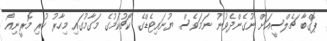
ޕޮގްބާ ޗެލްސީއަށް ނުގެންދެވުނު ނަމަވެސް ޔުނައިޓެޑްގެ ކޯޗުކަމުގެ މަގާމުގައި މިހާރު ހުރި މޮރީނިއޯ